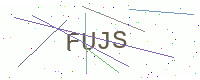
Text: FUJS